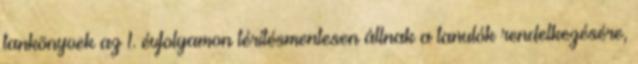
tankönyvek az 1. évfolyamon térítésmentesen állnak a tanulók rendelkezésére,